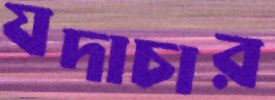
যদাচার